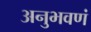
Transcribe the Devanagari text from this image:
अनुभवणं